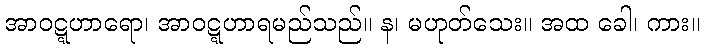
အာဝဋ္ဋဟာရော၊ အာဝဋ္ဋဟာရမည်သည်။ န၊ မဟုတ်သေး။ အထ ခေါ၊ ကား။